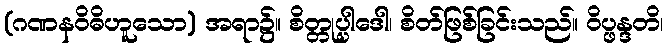
(ဂဏနဝိဓိဟူသော) အရာ၌။ စိတ္တုပ္ပါဒေါ၊ စိတ်ဖြစ်ခြင်းသည်။ ဝိပ္ဖန္ဒတိ၊